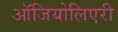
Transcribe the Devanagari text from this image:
ऑजियोलिएरी